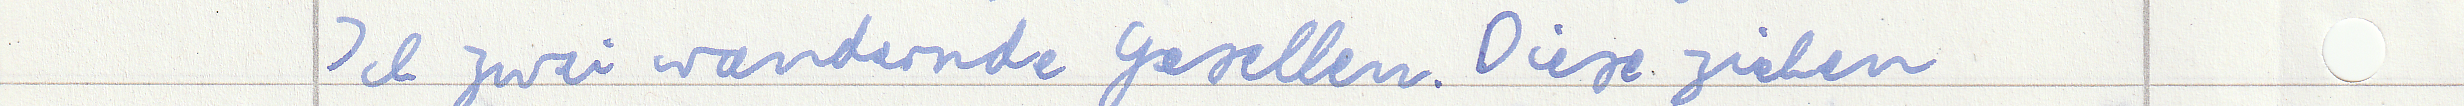
Ich zwei wandernde Gesellen. Diese ziehen